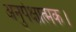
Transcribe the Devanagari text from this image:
अनुपेक्षात्मक।